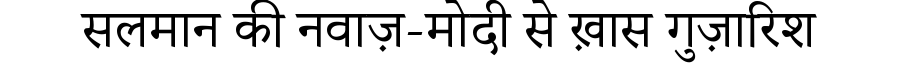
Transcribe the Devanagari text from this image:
सलमान की नवाज़-मोदी से ख़ास गुज़ारिश